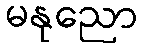
မနုညော